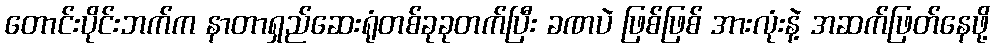
တောင်းပိုင်းဘက်က နာတာရှည်ဆေးရုံတစ်ခုခုတက်ပြီး ခဏပဲ ဖြစ်ဖြစ် အားလုံးနဲ့ အဆက်ဖြတ်နေဖို့